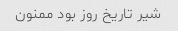
شیر تاریخ روز بود ممنون